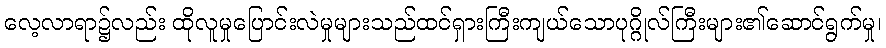
လေ့လာရာ၌လည်း ထိုလူမှုပြောင်းလဲမှုများသည်ထင်ရှားကြီးကျယ်သောပုဂ္ဂိုလ်ကြီးများ၏ဆောင်ရွက်မှု၊